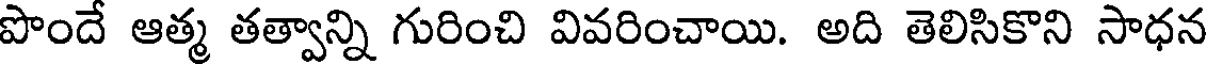
పొందే ఆత్మ తత్వాన్ని గురించి వివరించాయి. అది తెలిసికొని సాధన